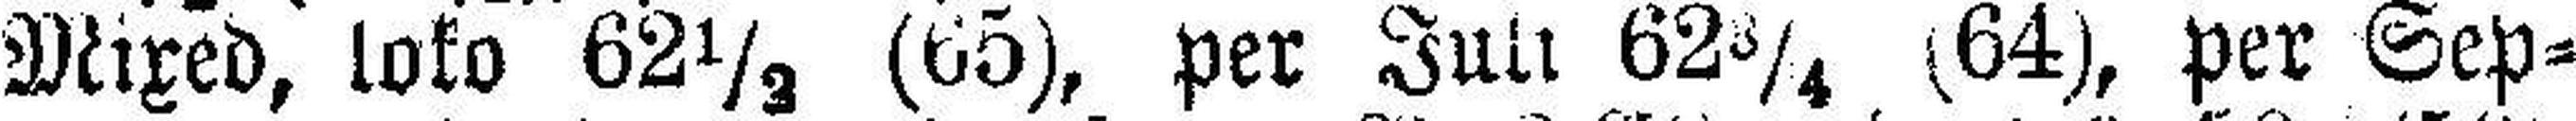
Mixed, loko 62⅓ (65), per Juli 62¾ (64), per Sep¬